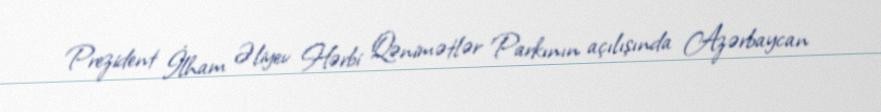
Prezident İlham Əliyev Hərbi Qənimətlər Parkının açılışında Azərbaycan